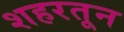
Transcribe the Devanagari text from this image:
शहरतून